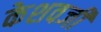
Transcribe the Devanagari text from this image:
केशवजी